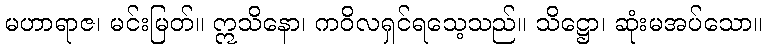
မဟာရာဇ၊ မင်းမြတ်။ ဣသိနော၊ ကဝိလရှင်ရသေ့သည်။ သိဋ္ဌော၊ ဆုံးမအပ်သော။